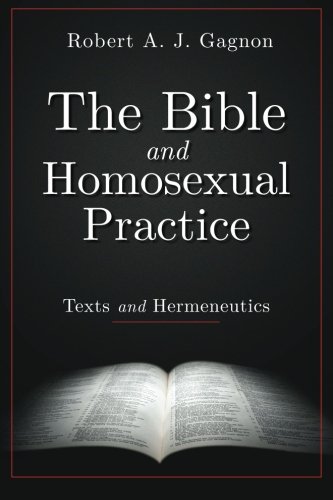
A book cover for The Bible and Homosexual Practice: Texts and Hermeneutics; Robert A. J. Gagnon; Literature & Fiction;